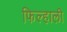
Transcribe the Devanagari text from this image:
फिल्हाली